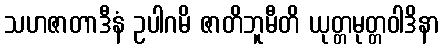
သဟဇာတာဒီနံ ဥပါဂမိ ဇာတိဘူမီတိ ယုတ္တမုတ္တဝါဒိနာ